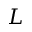
L